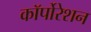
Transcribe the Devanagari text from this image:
काॅर्पोरेशन